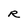
Character: R